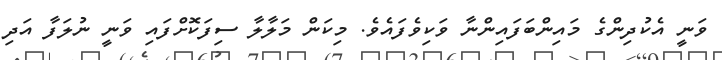
ވަނީ އެކުދިންގެ މައިންބަފައިންނާ ވަކިވެފައެވެ. މިކަން މަލާލާ ސިފަކޮށްފައި ވަނީ ނުލަފާ އަދި